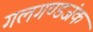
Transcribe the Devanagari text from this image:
गलगण्डजंक